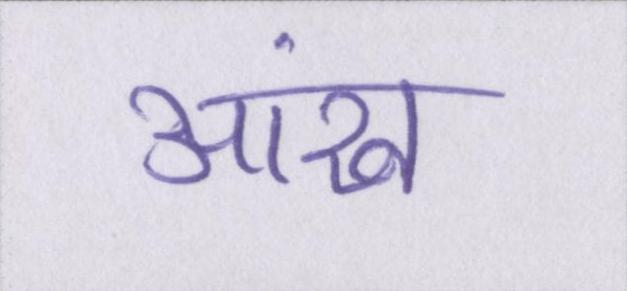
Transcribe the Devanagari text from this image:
आंख